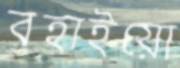
বহাইয়ো